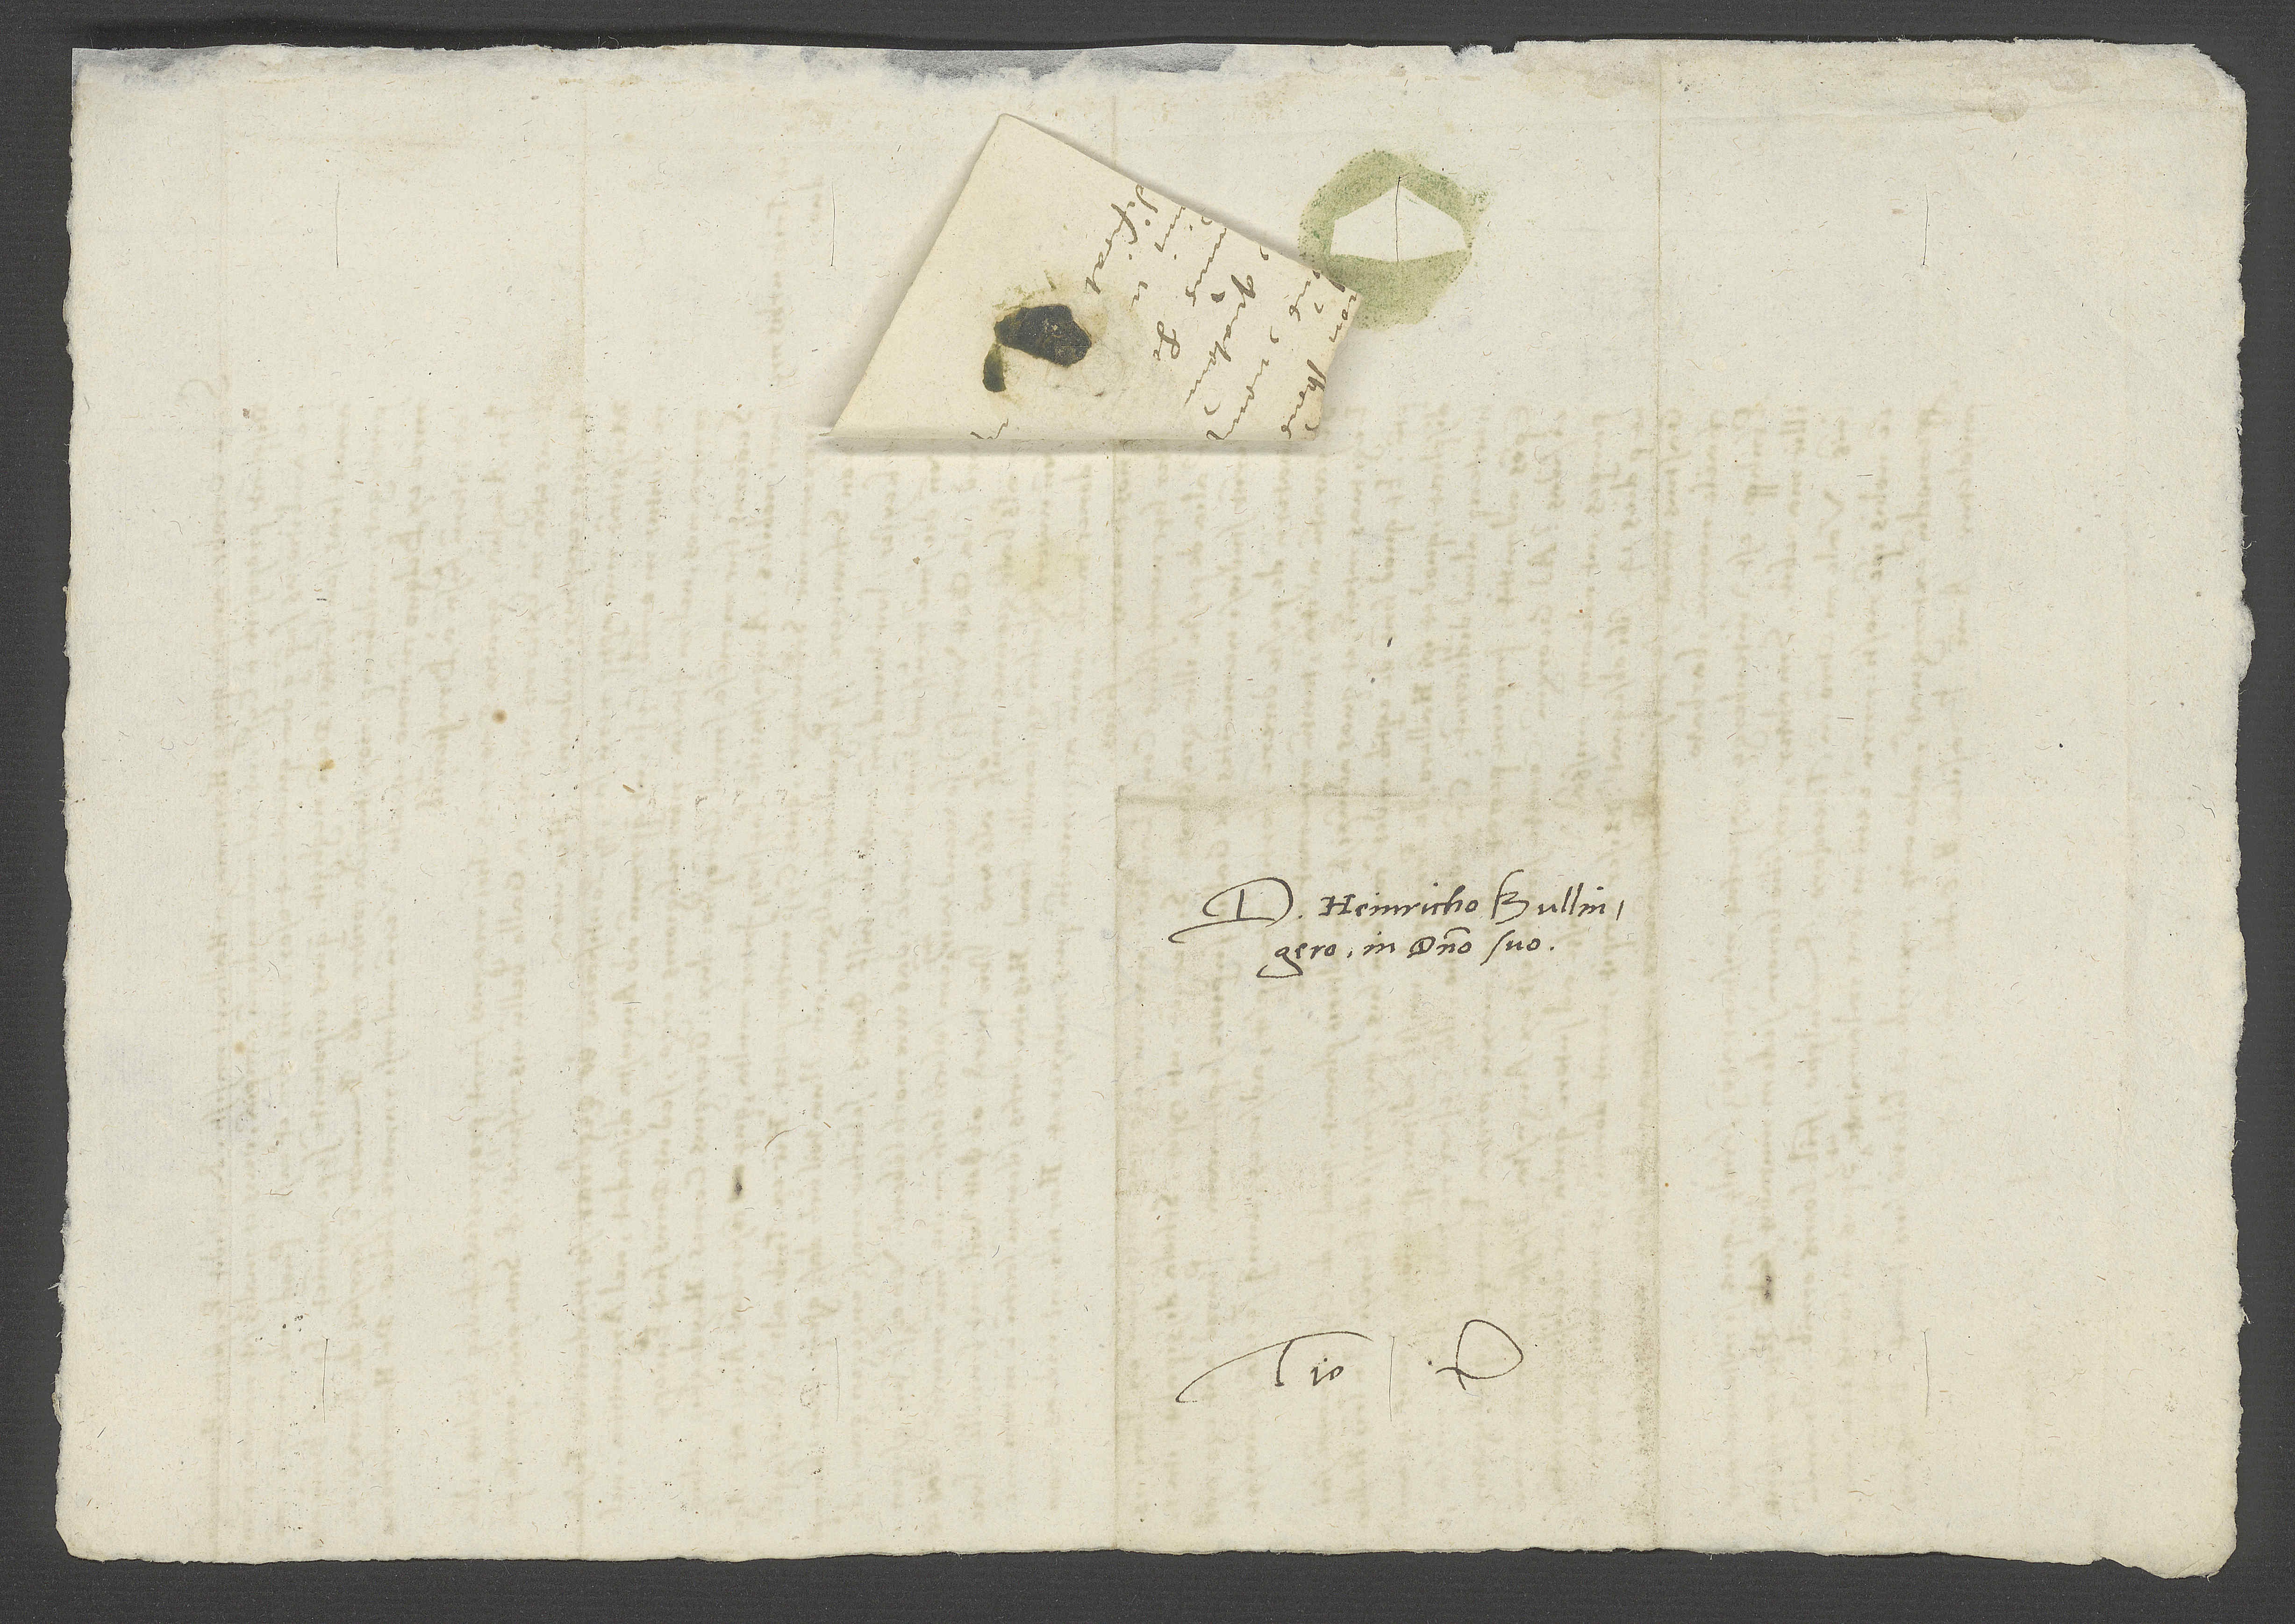
D. Heinricho Bullingero
in domino suo.
Tuus